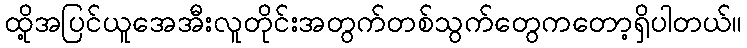
ထို့အပြင်ယူအေအီးလူတိုင်းအတွက်တစ်သွက်တွေကတော့ရှိပါတယ်။